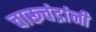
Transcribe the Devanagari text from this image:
चारूचंद्रांनी